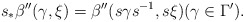
\begin{align*} s_\ast\beta''(\gamma,\xi)=\beta''(s\gamma s^{-1}, s\xi)(\gamma\in\Gamma').\end{align*}